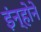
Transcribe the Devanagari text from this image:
इंन्होने